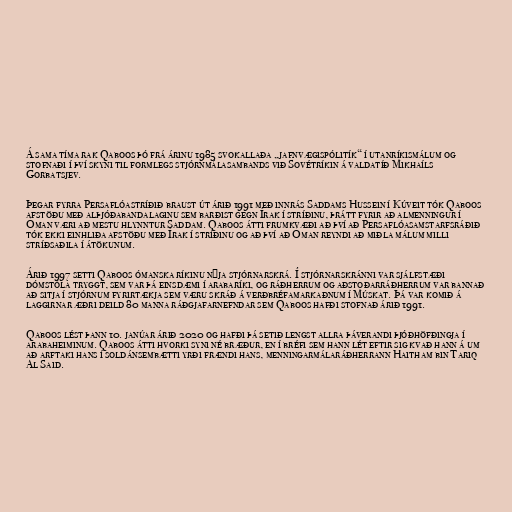
Á sama tíma rak Qaboos þó frá árinu 1985 svokallaða „jafnvægispólitík“ í utanríkismálum og
stofnaði í því skyni til formlegs stjórnmálasambands við Sovétríkin á valdatíð Mikhaíls
Gorbatsjev.

Þegar fyrra Persaflóastríðið braust út árið 1991 með innrás Saddams Hussein í Kúveit tók Qaboos
afstöðu með alþjóðabandalaginu sem barðist gegn Írak í stríðinu, þrátt fyrir að almenningur í
Óman væri að mestu hlynntur Saddam. Qaboos átti frumkvæði að því að Persaflóasamstarfsráðið
tók ekki einhliða afstöðu með Írak í stríðinu og að því að Óman reyndi að miðla málum milli
stríðsaðila í átökunum.

Árið 1997 setti Qaboos ómanska ríkinu nýja stjórnarskrá. Í stjórnarskránni var sjálfstæði
dómstóla tryggt, sem var þá einsdæmi í arabaríki, og ráðherrum og aðstoðarráðherrum var bannað
að sitja í stjórnum fyrirtækja sem væru skráð á verðbréfamarkaðnum í Múskat. Þá var komið á
laggirnar æðri deild 80 manna ráðgjafarnefndar sem Qaboos hafði stofnað árið 1991.

Qaboos lést þann 10. janúar árið 2020 og hafði þá setið lengst allra þáverandi þjóðhöfðingja í
arabaheiminum. Qaboos átti hvorki syni né bræður, en í bréfi sem hann lét eftir sig kvað hann á um
að arftaki hans í soldánsembætti yrði frændi hans, menningarmálaráðherrann Haitham bin Tariq
Al Said.